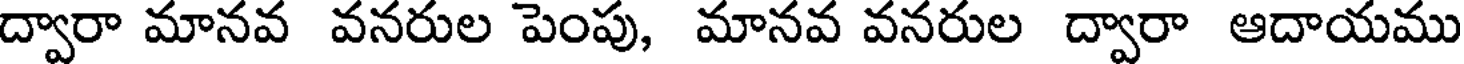
ద్వారా మానవ వనరుల పెంపు, మానవ వనరుల ద్వారా ఆదాయము